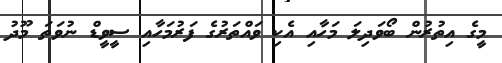
މީގެ އިތުރުން ބޯވަދިލަ މަހާއި އެކި ވައްތަރުގެ ފަރުމަހާއި ސީވީޑް ނުވަތަ މޫދު